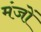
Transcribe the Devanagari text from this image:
मंजों